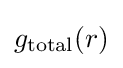
g_{\rm {total}}(r)